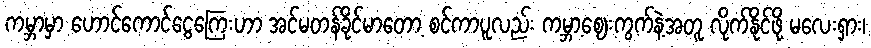
ကမ္ဘာမှာ ဟောင်ကောင်ငွေကြေးဟာ အင်မတန်ခိုင်မာတော့ စင်ကာပူလည်း ကမ္ဘာ့ဈေးကွက်နဲ့အတူ လိုက်နိုင်ဖို့ မလေးရှား၊